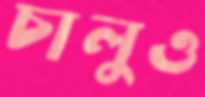
চালুও